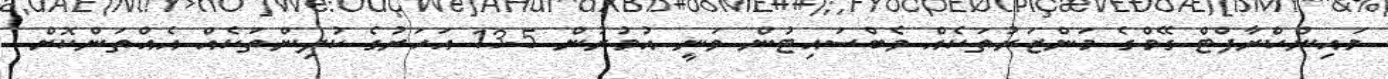
މައިންކްރާފްޓް ގޭމްގެ މަންޒަރުތަކެއް ވެބްސައިޓުން ވަނީ އުމުރުން 5-13 އަހަރުގެ ކުދިންތަކެއް އެއްތަންކޮށް